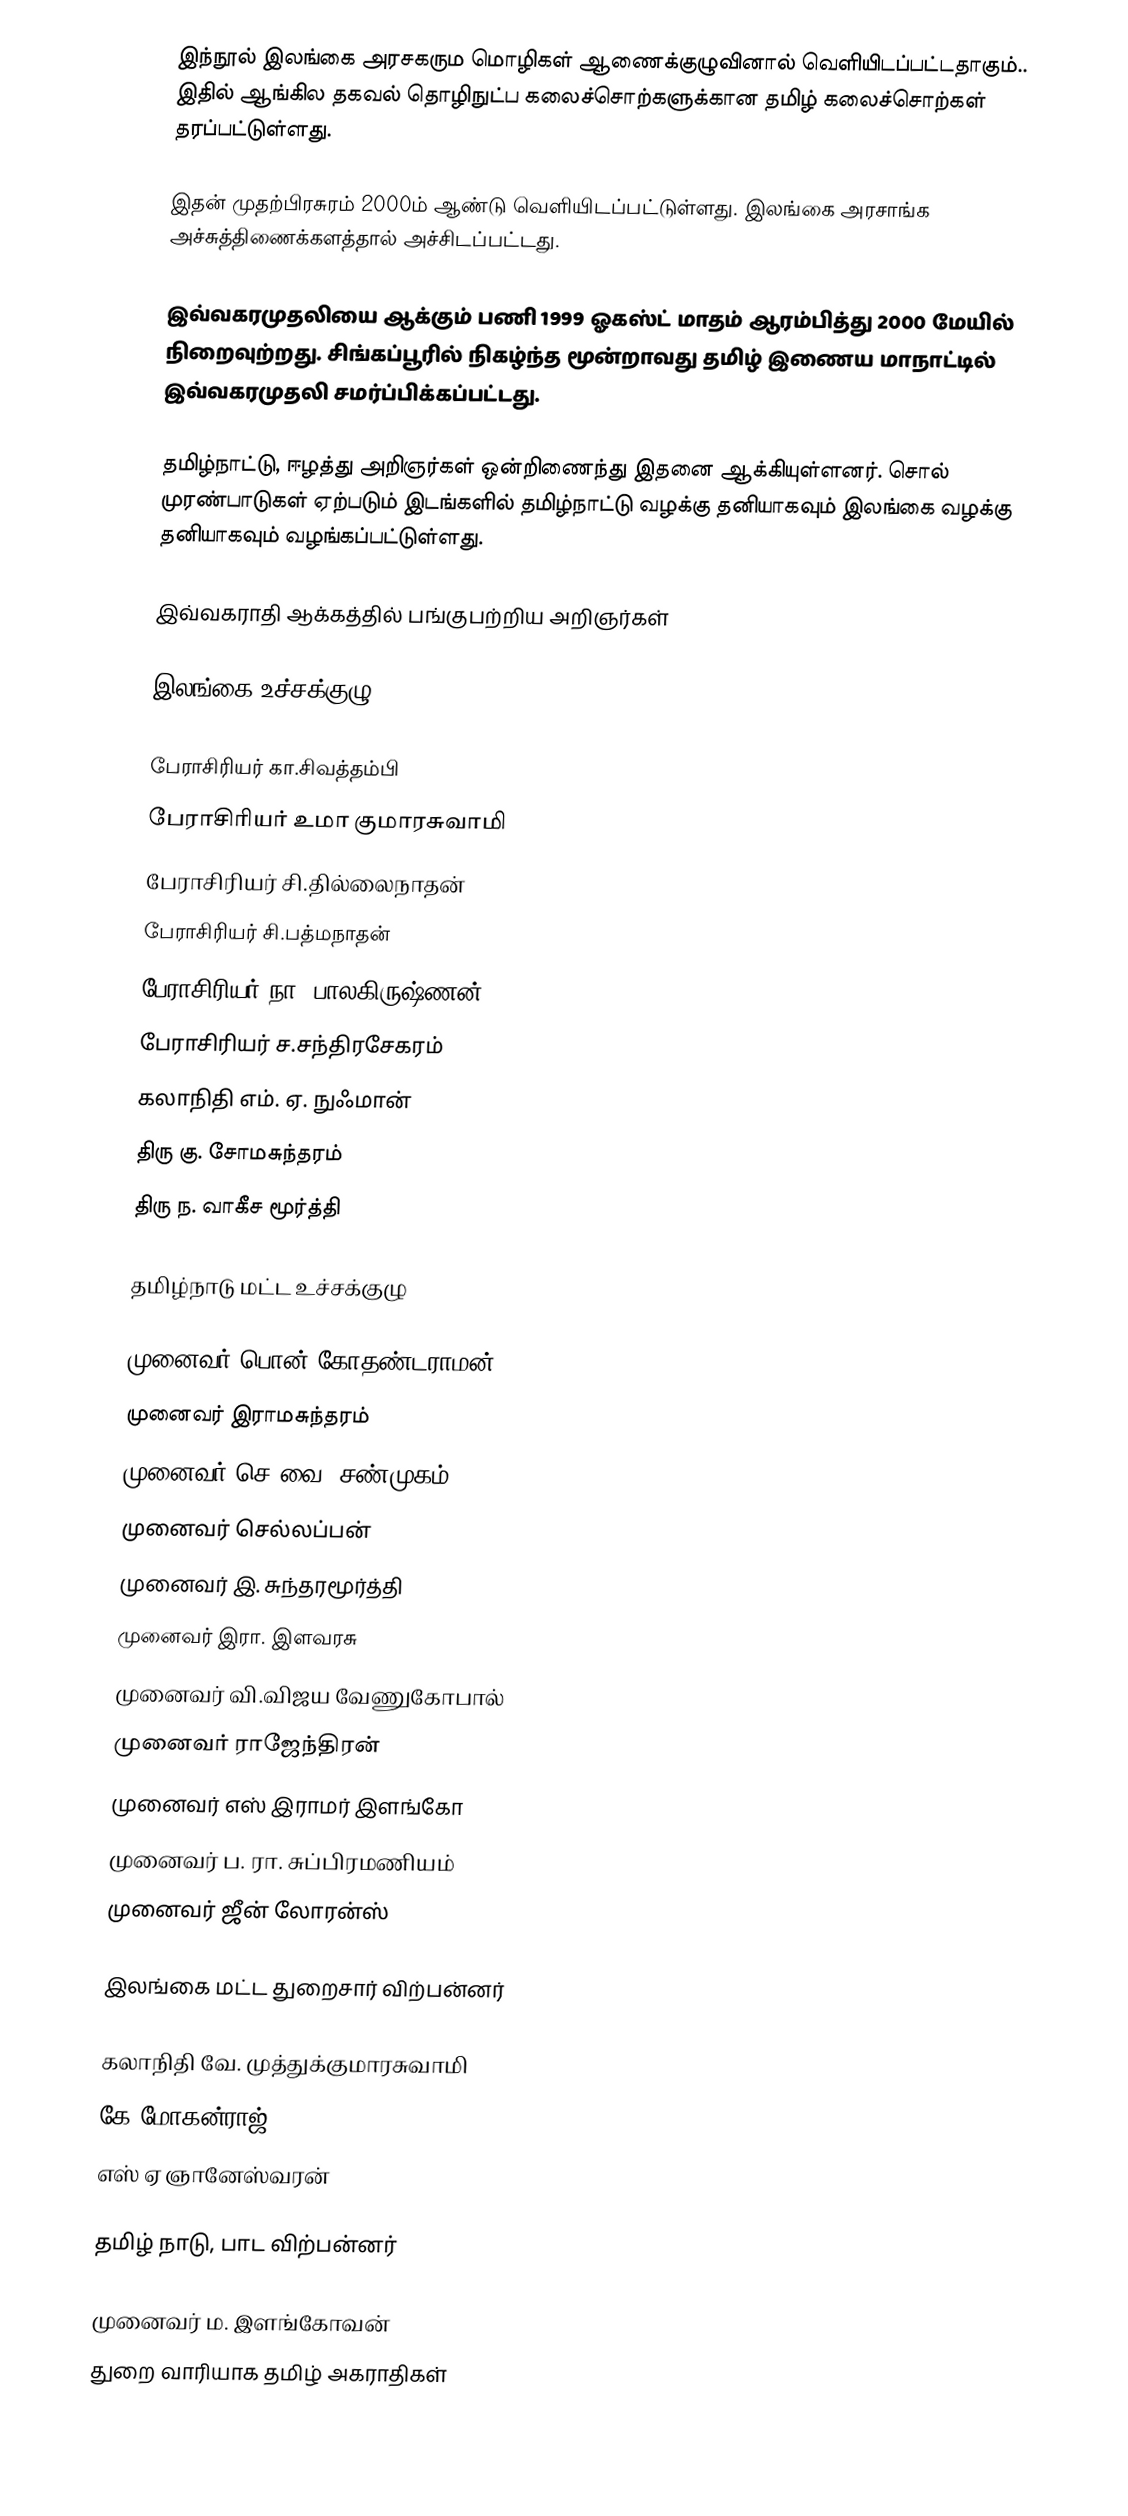
இந்நூல் இலங்கை அரசகரும மொழிகள் ஆணைக்குழுவினால் வெளியிடப்பட்டதாகும்.. இதில் ஆங்கில தகவல் தொழிநுட்ப  கலைச்சொற்களுக்கான தமிழ் கலைச்சொற்கள் தரப்பட்டுள்ளது.

இதன் முதற்பிரசுரம் 2000ம் ஆண்டு வெளியிடப்பட்டுள்ளது. இலங்கை அரசாங்க அச்சுத்திணைக்களத்தால் அச்சிடப்பட்டது.

இவ்வகரமுதலியை ஆக்கும் பணி 1999 ஓகஸ்ட் மாதம் ஆரம்பித்து 2000 மேயில் நிறைவுற்றது. சிங்கப்பூரில் நிகழ்ந்த மூன்றாவது தமிழ் இணைய மாநாட்டில் இவ்வகரமுதலி சமர்ப்பிக்கப்பட்டது.

தமிழ்நாட்டு, ஈழத்து அறிஞர்கள் ஒன்றிணைந்து இதனை ஆக்கியுள்ளனர். சொல் முரண்பாடுகள் ஏற்படும் இடங்களில் தமிழ்நாட்டு வழக்கு தனியாகவும் இலங்கை வழக்கு தனியாகவும் வழங்கப்பட்டுள்ளது.

இவ்வகராதி ஆக்கத்தில் பங்குபற்றிய அறிஞர்கள்

இலங்கை உச்சக்குழு

பேராசிரியர் கா.சிவத்தம்பி
பேராசிரியர் உமா குமாரசுவாமி
பேராசிரியர் சி.தில்லைநாதன்
பேராசிரியர் சி.பத்மநாதன்
பேராசிரியர் நா. பாலகிருஷ்ணன்
பேராசிரியர் ச.சந்திரசேகரம்
கலாநிதி எம். ஏ. நுஃமான்
திரு கு. சோமசுந்தரம்
திரு ந. வாகீச மூர்த்தி

தமிழ்நாடு மட்ட உச்சக்குழு

முனைவர் பொன் கோதண்டராமன்
முனைவர் இராமசுந்தரம்
முனைவர் செ.வை. சண்முகம்
முனைவர் செல்லப்பன்
முனைவர் இ. சுந்தரமூர்த்தி
முனைவர் இரா. இளவரசு
முனைவர் வி.விஜய வேணுகோபால்
முனைவர் ராஜேந்திரன்
முனைவர் எஸ் இராமர் இளங்கோ
முனைவர் ப. ரா. சுப்பிரமணியம்
முனைவர் ஜீன் லோரன்ஸ்

இலங்கை மட்ட துறைசார் விற்பன்னர்

கலாநிதி வே. முத்துக்குமாரசுவாமி
கே.மோகன்ராஜ்
எஸ் ஏ ஞானேஸ்வரன்

தமிழ் நாடு, பாட விற்பன்னர்

முனைவர் ம. இளங்கோவன்
துறை வாரியாக தமிழ் அகராதிகள்